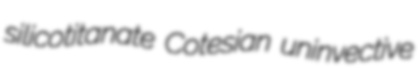
silicotitanate Cotesian uninvective